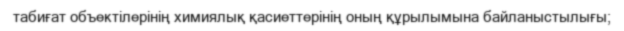
табиғат объектілерінің химиялық қасиеттерінің оның құрылымына байланыстылығы;